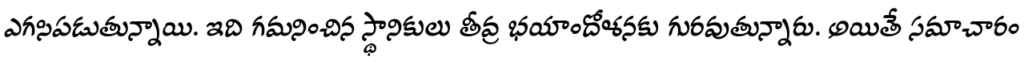
ఎగసిపడుతున్నాయి. ఇది గమనించిన స్థానికులు తీవ్ర భయాందోళనకు గురవుతున్నారు. అయితే సమాచారం